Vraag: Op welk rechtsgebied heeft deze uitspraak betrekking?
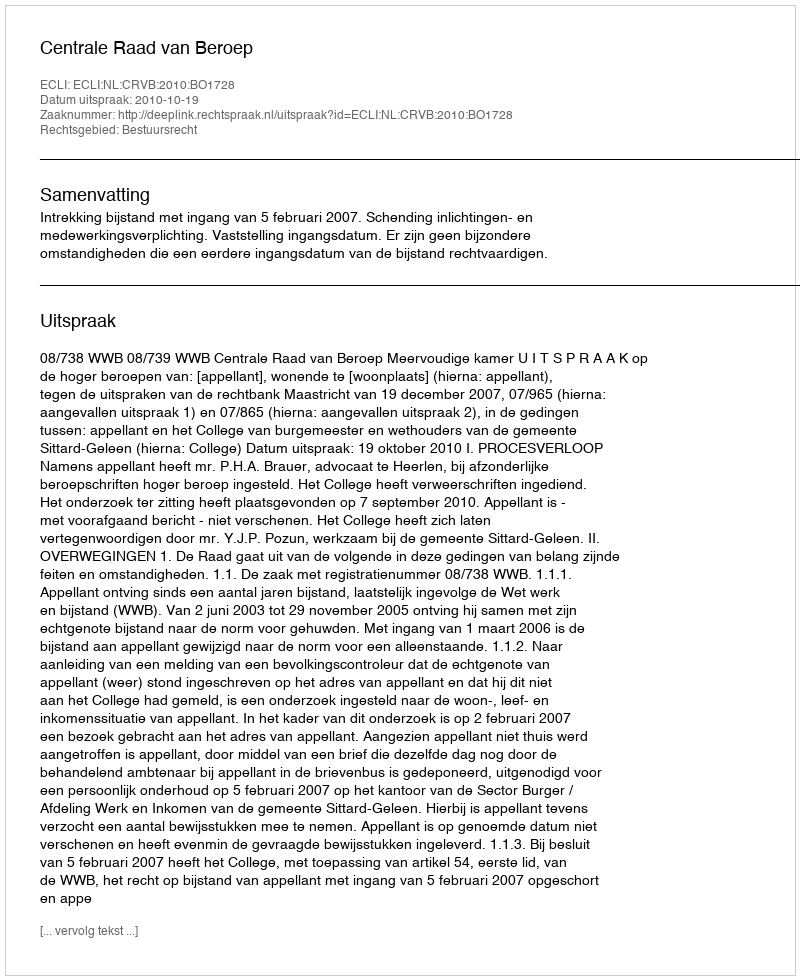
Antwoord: Bestuursrecht